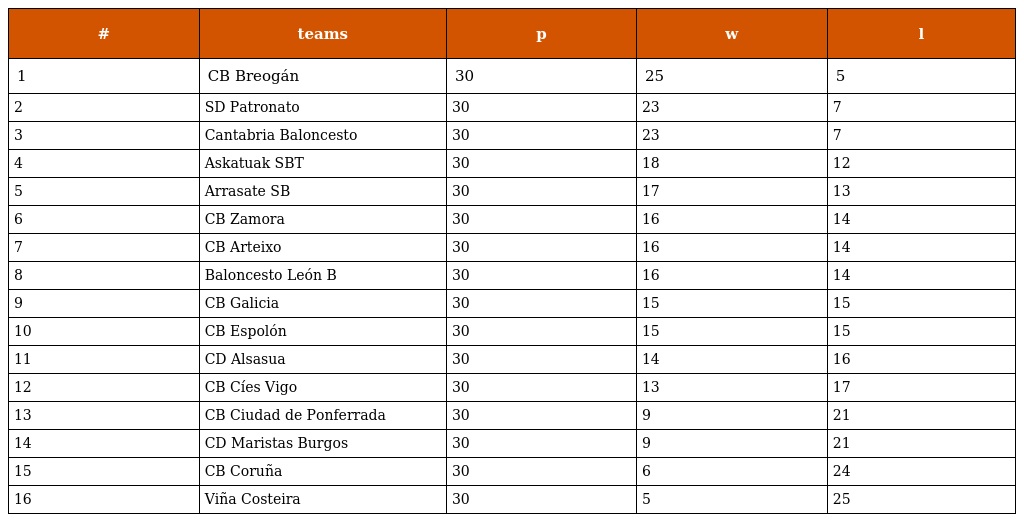
| # | teams | p | w | l |
 | --- | --- | --- | --- | --- |
 | 1 | CB Breogán | 30 | 25 | 5 |
 | 2 | SD Patronato | 30 | 23 | 7 |
 | 3 | Cantabria Baloncesto | 30 | 23 | 7 |
 | 4 | Askatuak SBT | 30 | 18 | 12 |
 | 5 | Arrasate SB | 30 | 17 | 13 |
 | 6 | CB Zamora | 30 | 16 | 14 |
 | 7 | CB Arteixo | 30 | 16 | 14 |
 | 8 | Baloncesto León B | 30 | 16 | 14 |
 | 9 | CB Galicia | 30 | 15 | 15 |
 | 10 | CB Espolón | 30 | 15 | 15 |
 | 11 | CD Alsasua | 30 | 14 | 16 |
 | 12 | CB Cíes Vigo | 30 | 13 | 17 |
 | 13 | CB Ciudad de Ponferrada | 30 | 9 | 21 |
 | 14 | CD Maristas Burgos | 30 | 9 | 21 |
 | 15 | CB Coruña | 30 | 6 | 24 |
 | 16 | Viña Costeira | 30 | 5 | 25 |